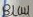
Text: Blau